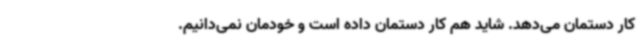
کار دستمان می‌دهد. شاید هم کار دستمان داده است و خودمان نمی‌دانیم.